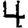
Digit: 4